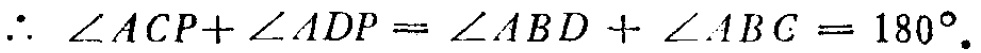
\(\therefore \angle ACP+\angle ADP=\angle ABD+\angle ABC = 180^{\circ}.\)